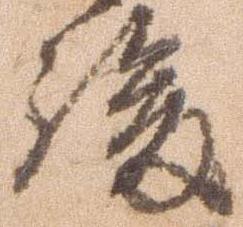
後